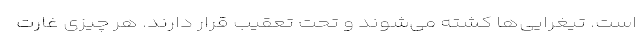
است. تیغرایی‌ها کشته می‌شوند و تحت تعقیب قرار دارند. هر چیزی غارت